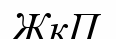
ЖкП